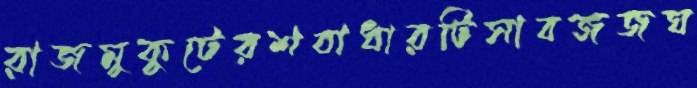
রাজমুকুটেরশবাধারটিসাবজজঘ